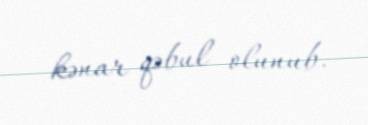
kənar qəbul olunub.